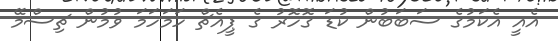
އެއީ އެކަމުގެ ސަބަބުން ކުޑަ ގޮހޮރު ގެ ޕީއެޗް ހަމަހަމަ ވުމުން ޗިސްމޭ